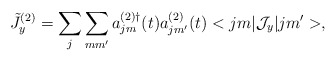
\begin{align*}\tilde{J}_{y}^{(2)}=\sum_{j}\sum_{mm^{\prime}} a_{jm}^{(2) \dag}(t) a_{jm^{\prime}}^{(2)} (t) <jm|{\cal J}_{y} |jm^{\prime}>,\end{align*}